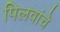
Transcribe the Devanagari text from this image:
पिलवांचे